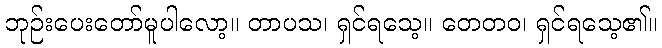
ဘုဉ်းပေးတော်မူပါလော့။ တာပသ၊ ရှင်ရသေ့။ တေတဝ၊ ရှင်ရသေ့၏။